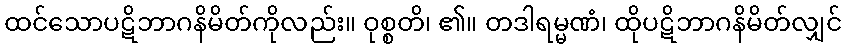
ထင်သောပဋိဘာဂနိမိတ်ကိုလည်း။ ဝုစ္စတိ၊ ၏။ တဒါရမ္မဏံ၊ ထိုပဋိဘာဂနိမိတ်လျှင်